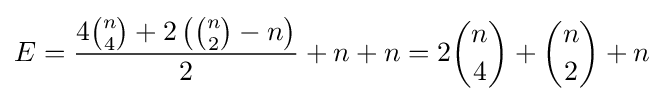
E={\frac {4{n \choose 4}+2\left({n \choose 2}-n\right)}{2}}+n+n=2{n \choose 4}+{n \choose 2}+n